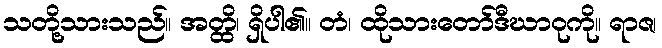
သတို့သားသည်။ အတ္ထိ၊ ရှိပါ၏။ တံ၊ ထိုသားတော်ဒီဃာဝုကို။ ရာဇ၊